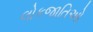
લોકજાતિઓ